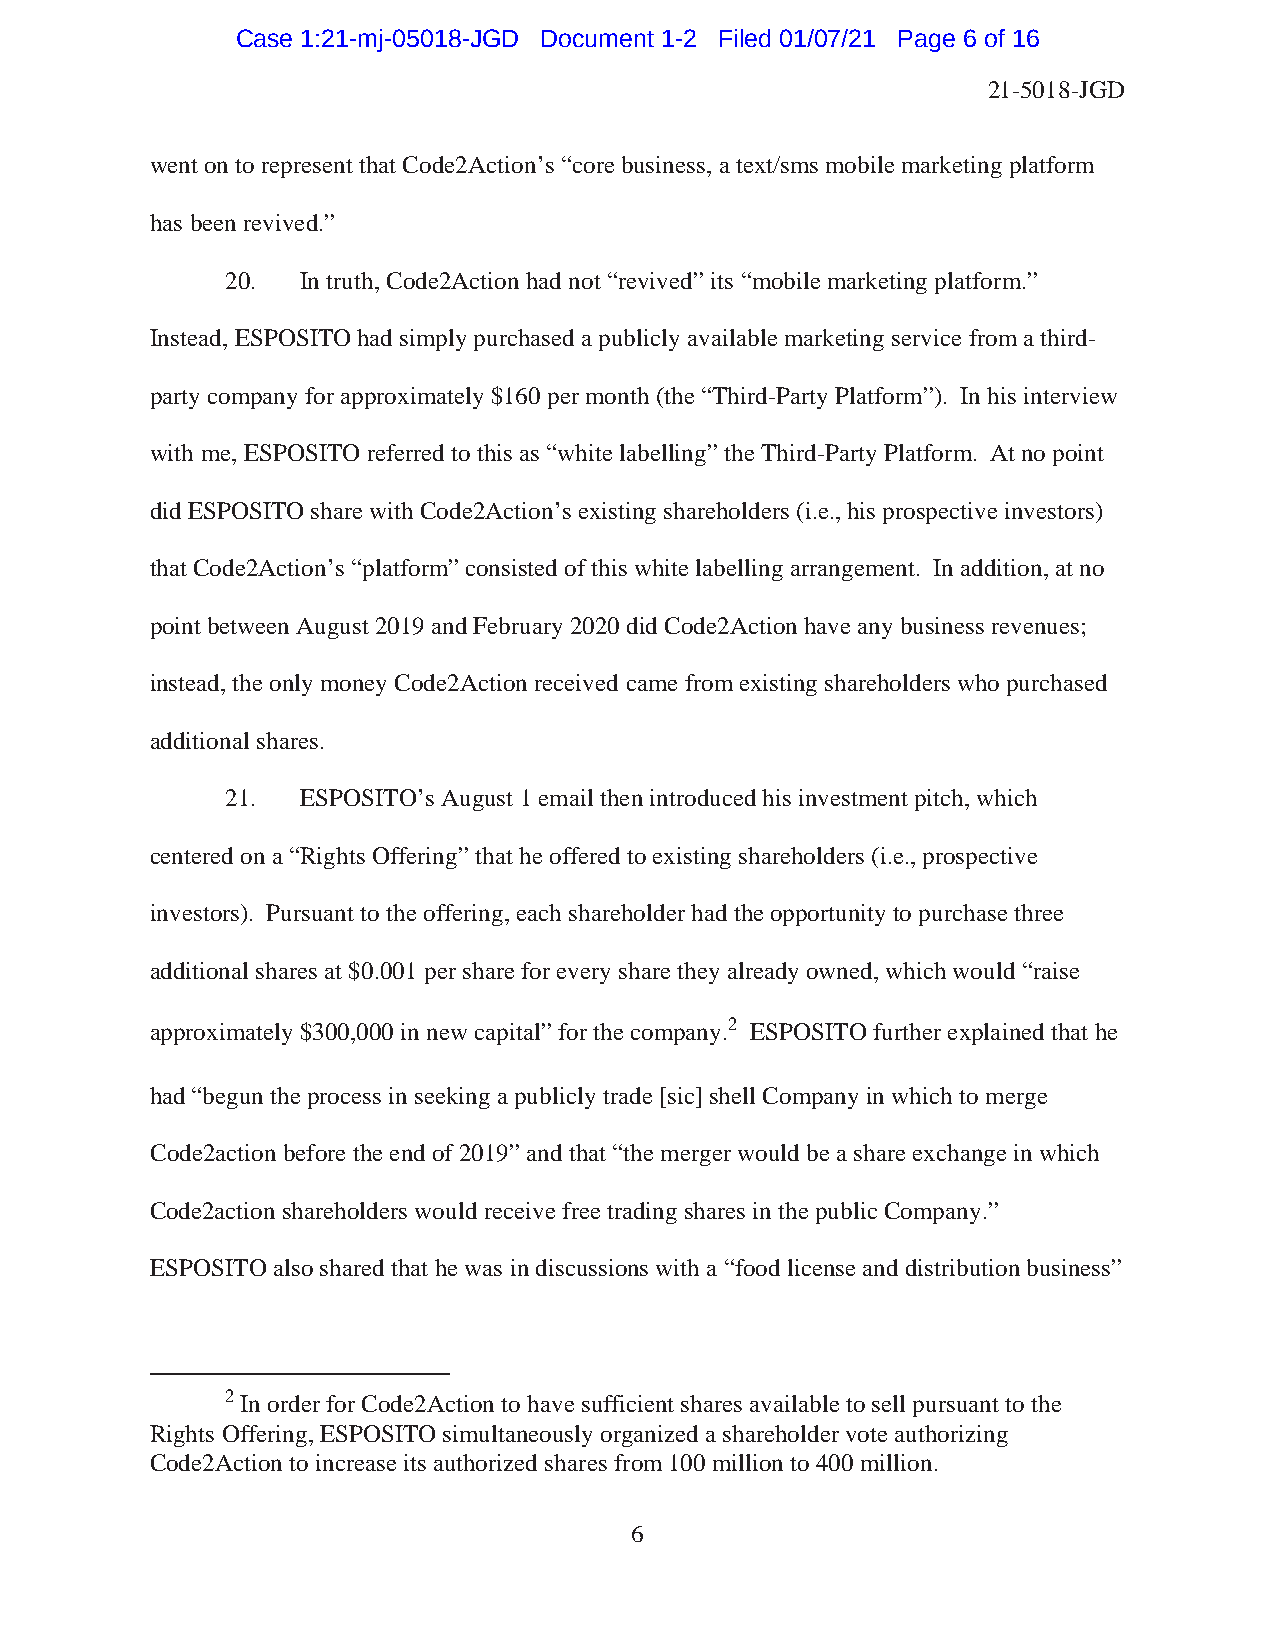
Case 1:21-mj-05018-JGD Document 1-2 Filed 01/07/21 Page 6 of 16
 21-5018-JGD
 went on to represent that Code2Action’s “core business, a text/sms mobile marketing platform
 has been revived.”
 20.  In truth, Code2Action had not “revived” its “mobile marketing platform.”
 Instead, ESPOSITO had simply purchased a publicly available marketing service from a third-
 party company for approximately $160 per month (the “Third-Party Platform”). In his interview
 with me, ESPOSITO referred to this as “white labelling” the Third-Party Platform. At no point
 did ESPOSITO share with Code2Action’s existing shareholders (i.e., his prospective investors)
 that Code2Action’s “platform” consisted of this white labelling arrangement. In addition, at no
 point between August 2019 and February 2020 did Code2Action have any business revenues;
 instead, the only money Code2Action received came from existing shareholders who purchased
 additional shares.
 21.  ESPOSITO’s August 1 email then introduced his investment pitch, which
 centered on a “Rights Offering” that he offered to existing shareholders (i.e., prospective
 investors). Pursuant to the offering, each shareholder had the opportunity to purchase three
 additional shares at $0.001 per share for every share they already owned, which would “raise
 approximately $300,000 in new capital” for the company.2 ESPOSITO further explained that he
 had “begun the process in seeking a publicly trade [sic] shell Company in which to merge
 Code2action before the end of 2019” and that “the merger would be a share exchange in which
 Code2action shareholders would receive free trading shares in the public Company.”
 ESPOSITO also shared that he was in discussions with a “food license and distribution business”
 2 In order for Code2Action to have sufficient shares available to sell pursuant to the
 Rights Offering, ESPOSITO simultaneously organized a shareholder vote authorizing
 Code2Action to increase its authorized shares from 100 million to 400 million.
 6